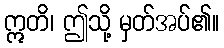
ဣတိ၊ ဤသို့ မှတ်အပ်၏။